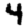
Digit: 4